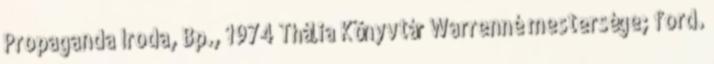
Propaganda Iroda, Bp., 1974 Thália Könyvtár Warrenné mestersége; ford.